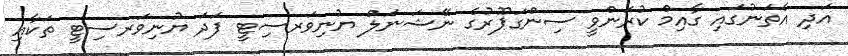
އަދި އެތަނުގައި ގާއިމް ކުރަންވީ ސިންގަޕޫރުގެ ނޭޝަނަލް ޔުނިވަރސިޓީ ފަދަ ޔުނިވަރސިޓީ ތަކާއި